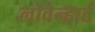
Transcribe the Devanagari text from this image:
लोवेन्हार्ट